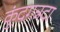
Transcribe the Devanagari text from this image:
कुंदगन्नदा